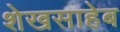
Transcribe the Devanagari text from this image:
शेखसाहेब